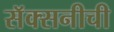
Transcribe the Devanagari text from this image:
सॅक्सनीची